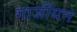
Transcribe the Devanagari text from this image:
गार्जीयन